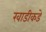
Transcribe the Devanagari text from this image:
खाडीकडे